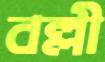
বল্লী